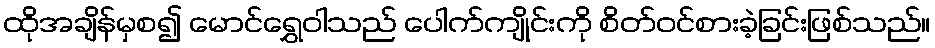
ထိုအချိန်မှစ၍ မောင်ရွှေဝါသည် ပေါက်ကျိုင်းကို စိတ်ဝင်စားခဲ့ခြင်းဖြစ်သည်။